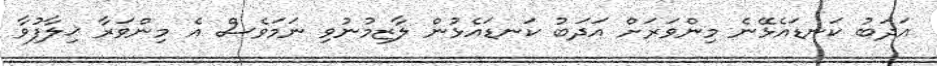
އަދަބު ކަނޑައެޅޭނެ މިންވަރަށް އަދަބު ކަނޑައެޅުން ލާޒިމުނުވި ނަމަވެސް އެ މިންވަރާ ޚިލާފުވާ